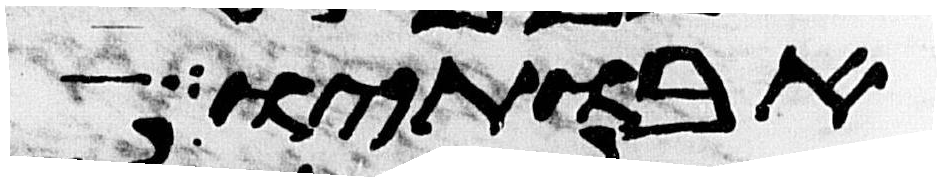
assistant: אבותיו